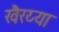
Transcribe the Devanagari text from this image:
खैरय्या